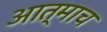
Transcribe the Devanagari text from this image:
आत्माच